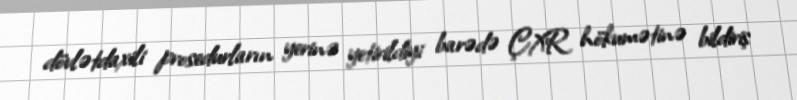
dövlətdaxili prosedurların yerinə yetirildiyi barədə ÇXR hökumətinə bildiriş